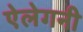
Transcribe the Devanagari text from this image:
ऐलेगनी